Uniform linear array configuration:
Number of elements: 48
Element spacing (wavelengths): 0.5
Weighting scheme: cosine
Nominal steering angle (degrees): -45
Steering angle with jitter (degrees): -45.661
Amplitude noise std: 0.05
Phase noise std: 0.05

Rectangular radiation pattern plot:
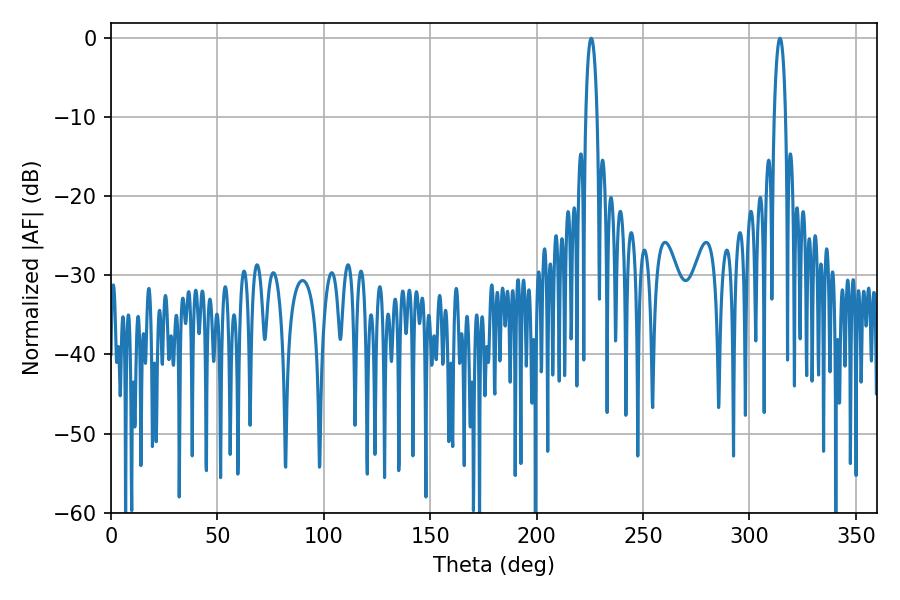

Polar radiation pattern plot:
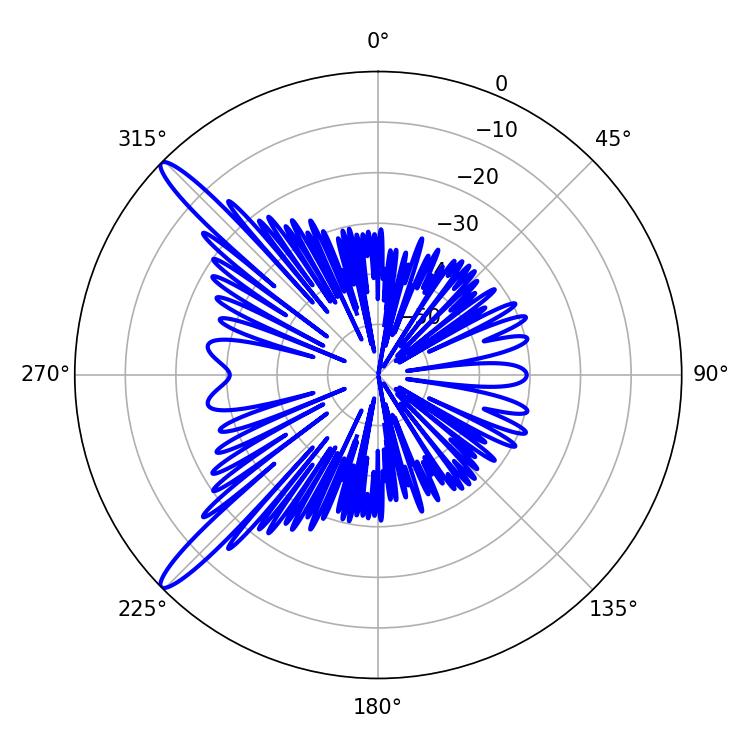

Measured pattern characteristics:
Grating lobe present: FALSE
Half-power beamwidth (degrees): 3.06
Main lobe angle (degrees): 225.72